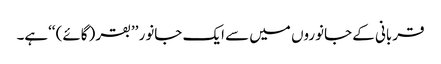
قربانی کے جانوروں میں سے ایک جانور ’’بقر (گائے) ‘‘ہے۔